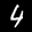
Label: 4